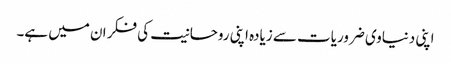
اپنی دنیاوی ضروریات سے زیادہ اپنی روحانیت کی فکر ان میں ہے۔